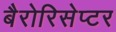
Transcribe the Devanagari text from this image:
बैरोरिसेप्टर